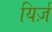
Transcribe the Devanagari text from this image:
यिर्ज़